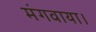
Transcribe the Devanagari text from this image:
मंगवाया।